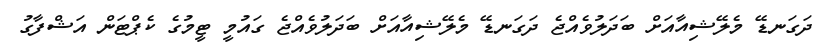
ދަގަނޑޭ މެލޭޝިއާއަށް ބަދަލުވެއްޖެ ދަގަނޑޭ މެލޭޝިއާއަށް ބަދަލުވެއްޖެ ގައުމީ ޓީމުގެ ކެޕްޓަން އަޝްފާގު